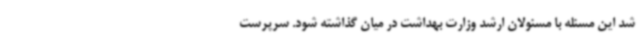
شد این مسئله با مسئولان ارشد وزارت بهداشت در میان گذاشته شود. سرپرست